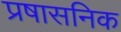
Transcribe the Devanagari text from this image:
प्रषासनिक